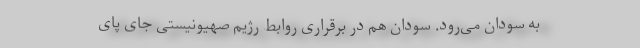
به سودان می‌رود. سودان هم در برقراری روابط رژیم صهیونیستی جای پای